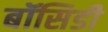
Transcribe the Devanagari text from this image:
बॉसिडी